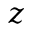
z